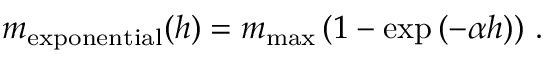
m _ { \mathrm { e x p o n e n t i a l } } ( h ) = m _ { \mathrm { m a x } } \left( 1 - \exp \left( - \alpha h \right) \right) \, .